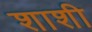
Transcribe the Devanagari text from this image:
शाशी